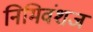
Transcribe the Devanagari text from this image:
निमिवंशज